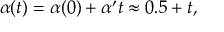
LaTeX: \alpha ( t ) = \alpha ( 0 ) + \alpha ^ { \prime } t \approx 0 . 5 + t ,